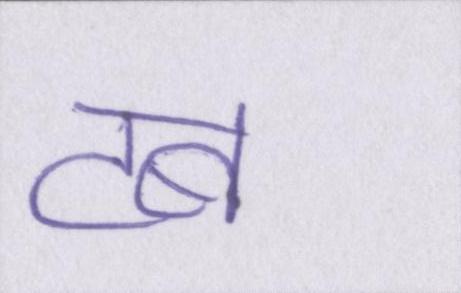
टब